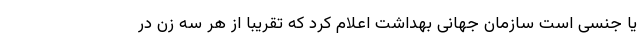
یا جنسی است سازمان جهانی بهداشت اعلام کرد که تقریباً از هر سه زن در